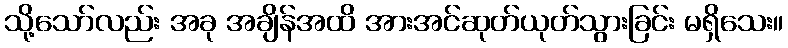
သို့သော်လည်း အခု အချိန်အထိ အားအင်ဆုတ်ယုတ်သွားခြင်း မရှိသေး။